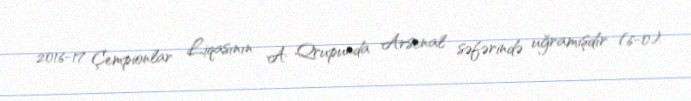
2016-17 Çempionlar Liqasının A Qrupunda Arsenal səfərində uğramışdır (6-0).